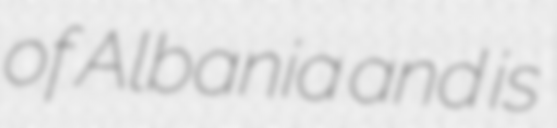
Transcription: of Albania and is